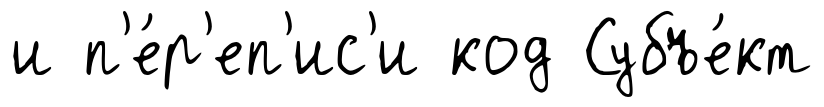
и п'е́р'еп'ис'и код Субъе́кт